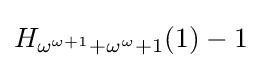
H_{\omega ^{\omega +1}+\omega ^{\omega }+1}(1)-1